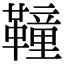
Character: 𩍅